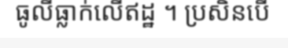
ធូលីធ្លាក់លើឥដ្ឋ ។ ប្រសិនបើ